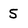
Character: 5